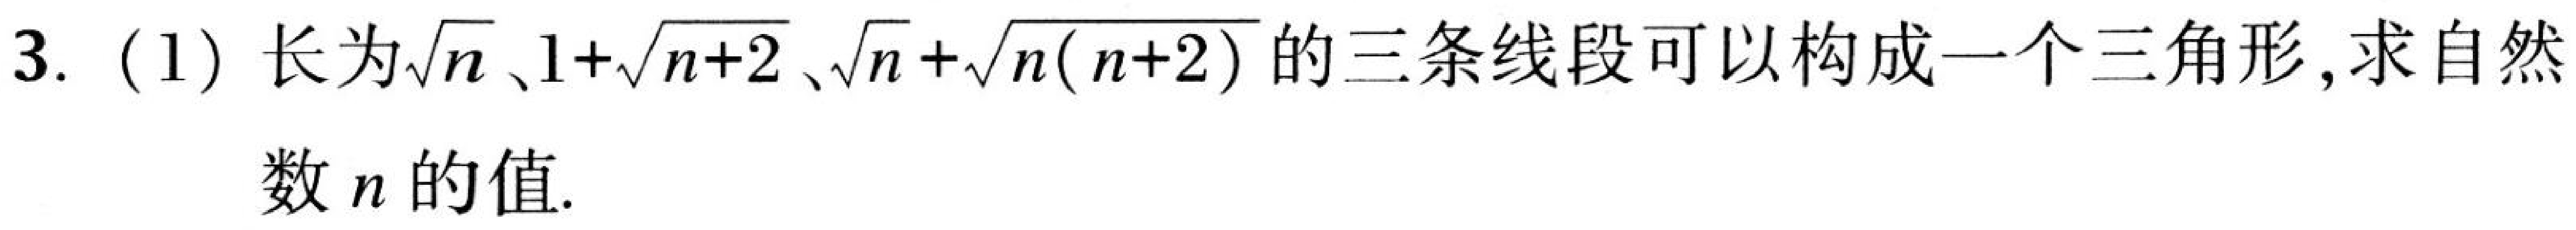
3. (1) 长为\(\sqrt{n}\)、\(1 + \sqrt{n + 2}\)、\(\sqrt{n}+\sqrt{n(n + 2)}\)的三条线段可以构成一个三角形,求自然
数\(n\)的值.